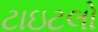
ટાઇટલો